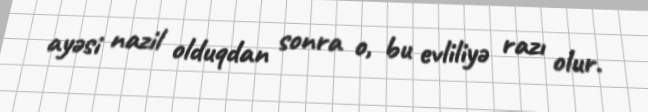
ayəsi nazil olduqdan sonra o, bu evliliyə razı olur.